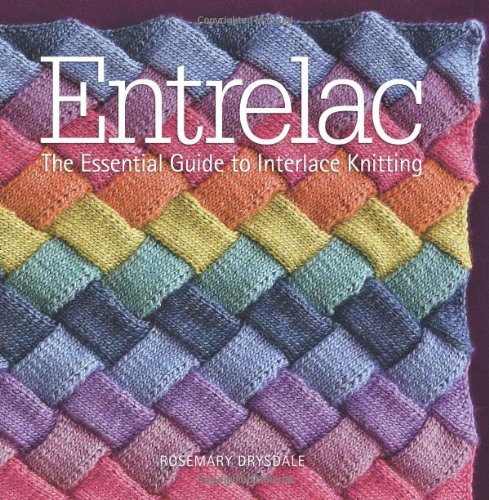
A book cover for Entrelac: The Essential Guide to Interlace Knitting; Rosemary Drysdale; Crafts, Hobbies & Home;